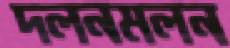
দলনমলন